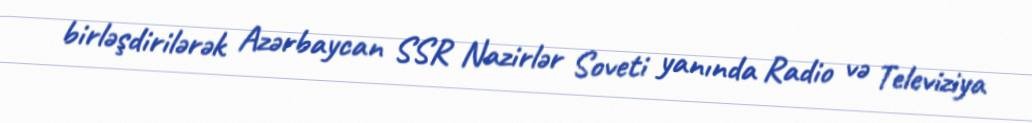
birləşdirilərək Azərbaycan SSR Nazirlər Soveti yanında Radio və Televiziya